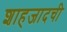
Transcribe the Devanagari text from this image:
शाहजादची